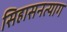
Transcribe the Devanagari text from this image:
सिहासनत्याग